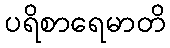
ပရိစာရေမာတိ